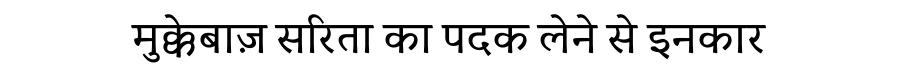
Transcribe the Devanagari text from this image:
मुक्केबाज़ सरिता का पदक लेने से इनकार